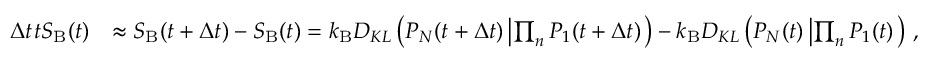
\begin{array} { r l } { \Delta t \d _ { t } S _ { \mathrm { B } } ( t ) } & { \approx S _ { \mathrm { B } } ( t + \Delta t ) - S _ { \mathrm { B } } ( t ) = { k _ { \mathrm { B } } } D _ { K L } \left( P _ { N } ( t + \Delta t ) \left| \prod _ { n } P _ { 1 } ( t + \Delta t ) \right. \right) - { k _ { \mathrm { B } } } D _ { K L } \left( P _ { N } ( t ) \left| \prod _ { n } P _ { 1 } ( t ) \right. \right) \, , } \end{array}